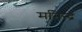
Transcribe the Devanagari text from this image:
मनिन्द्र